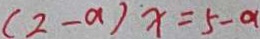
( 2 - a ) x = 5 - a